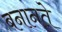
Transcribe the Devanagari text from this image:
बनानते